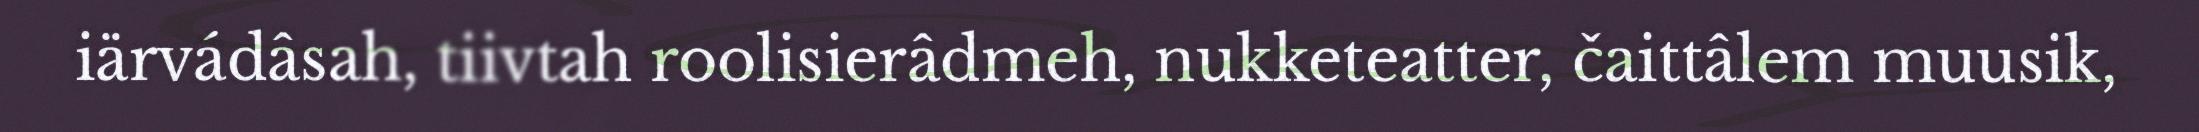
iärvádâsah, tiivtah roolisierâdmeh, nukketeatter, čaittâlem muusik,